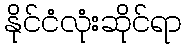
နိုင်ငံလုံးဆိုင်ရာ